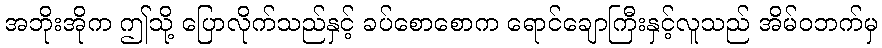
အဘိုးအိုက ဤသို့ ပြောလိုက်သည်နှင့် ခပ်စောစောက ရောင်ချောကြီးနှင့်လူသည် အိမ်ဝဘက်မှ